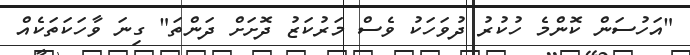
"އަހުސަން ކޮންމެ ހުކުރު ދުވަހަކު ވެސް މަރުކަޒު ދޮށަށް ދަންތަ" ގިނަ ވާހަކަތަކެއް